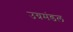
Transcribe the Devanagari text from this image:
उग्रमंडल